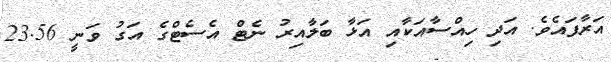
އަރާފައެވެ. އަދި ހިއްސާއަކާއި އަޅާ ބަލާއިރު ނެޓް އެސެޓްގެ އަގު ވަނީ 23.56